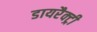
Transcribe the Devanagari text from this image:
डायरैक्ट्री